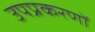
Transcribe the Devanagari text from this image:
उपप्रकरणों